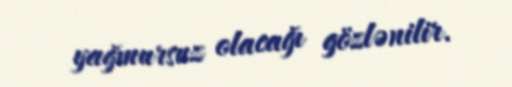
yağmursuz olacağı gözlənilir.